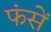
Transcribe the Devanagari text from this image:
फंसें